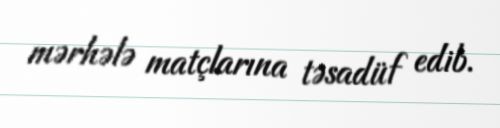
mərhələ matçlarına təsadüf edib.